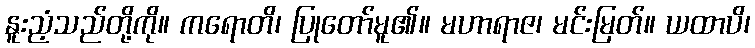
နူးညံ့သည်တို့ကို။ ကရောတိ၊ ပြုတော်မူ၏။ မဟာရာဇ၊ မင်းမြတ်။ ယထာပိ၊